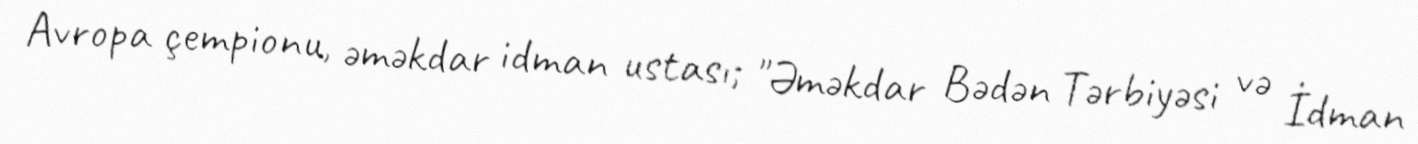
Avropa çempionu, əməkdar idman ustası; "Əməkdar Bədən Tərbiyəsi və İdman